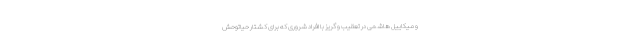
و میکاییل هاشمی در تعقیب و گریز با افراد شروری که برای کشتار حیاتوحش